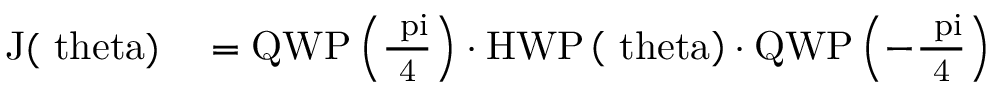
\begin{array} { r l } { \mathrm { J ( \ t h e t a ) } } & { { } = \mathrm { Q W P \left( \frac { \ p i } { 4 } \right) } \cdot \mathrm { H W P \left( \ t h e t a \right) } \cdot \mathrm { Q W P \left( - \frac { \ p i } { 4 } \right) } } \end{array}